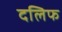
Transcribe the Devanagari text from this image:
दलिफ